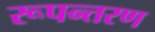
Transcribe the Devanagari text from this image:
रूपन्तरण